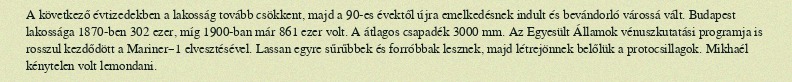
A következő évtizedekben a lakosság tovább csökkent, majd a 90-es évektől újra emelkedésnek indult és bevándorló várossá vált. Budapest lakossága 1870-ben 302 ezer, míg 1900-ban már 861 ezer volt. A átlagos csapadék 3000 mm. Az Egyesült Államok vénuszkutatási programja is rosszul kezdődött a Mariner–1 elvesztésével. Lassan egyre sűrűbbek és forróbbak lesznek, majd létrejönnek belőlük a protocsillagok. Mikhaél kénytelen volt lemondani.